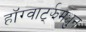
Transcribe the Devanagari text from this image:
हॉग्वार्ट्झमधुन